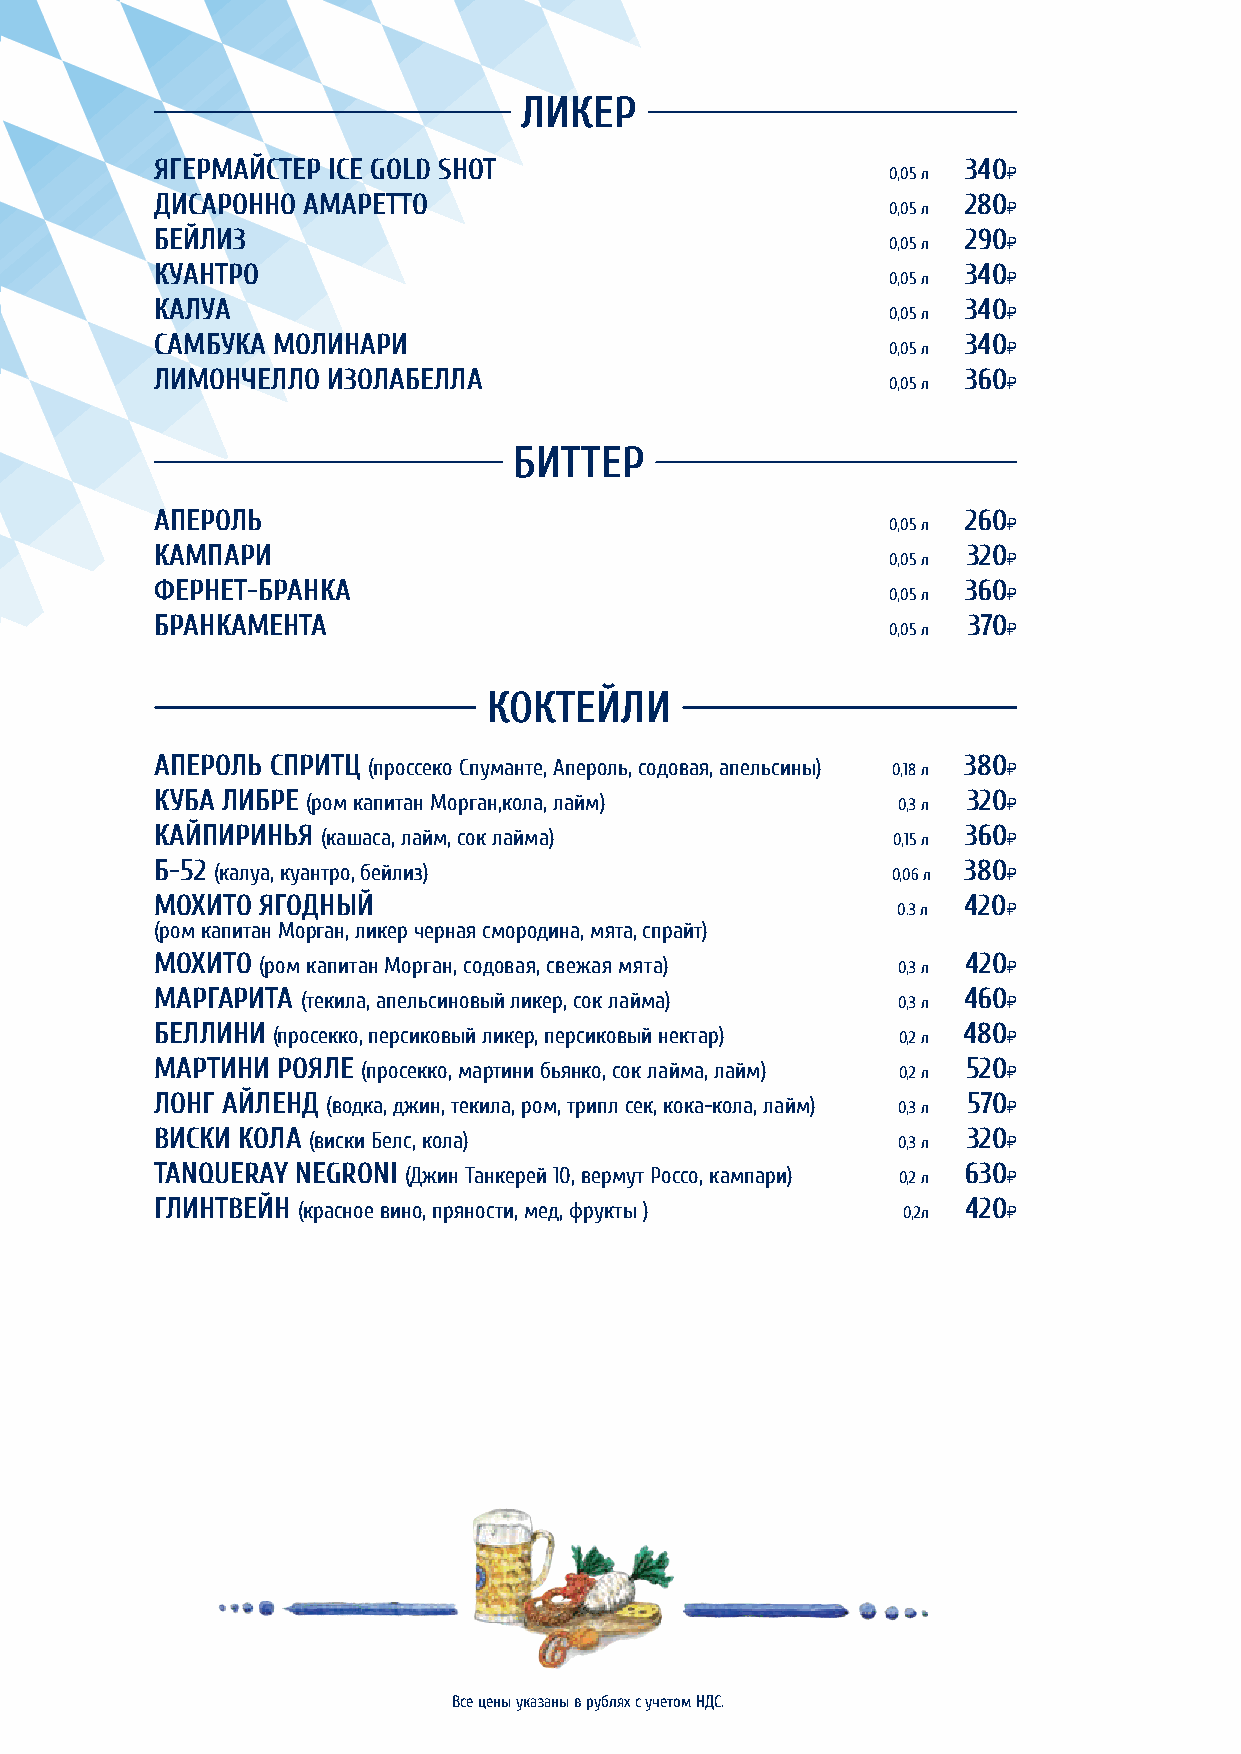
ЛИКЕР
 ЯГЕРМАЙСТЕР ICE GOLD SHOT
 0,05 л
 340И
 ДИСАРОННО АМАРЕТТО
 0,05 л
 280И
 БЕЙЛИЗ
 0,05 л
 290И
 КУАНТРО
 0,05 л
 340И
 КАЛУА
 0,05 л
 340И
 САМБУКА МОЛИНАРИ
 0,05 л
 340И
 ЛИМОНЧЕЛЛО  ИЗОЛАБЕЛЛА
 0,05 л
 360И
 БИТТЕР
 АПЕРОЛЬ
 0,05 л
 260И
 КАМПАРИ
 0,05 л
 320И
 ФЕРНЕТ-БРАНКА
 0,05 л
 360И
 БРАНКАМЕНТА
 0,05 л
 370И
 КОКТЕЙЛИ
 АПЕРОЛЬ СПРИТЦ (проссеко Спуманте, Апероль, содовая, апельсины) 0,18 л 380И
 КУБА ЛИБРЕ (ром капитан Морган,кола, лайм)       0,3 л 320И
 КАЙПИРИНЬЯ (кашаса, лайм, сок лайма)             0,15 л 360И
 Б-52 (калуа, куантро, бейлиз)                    0,06 л 380И
 МОХИТО ЯГОДНЫЙ
 0.3 л
 420И
 (ром капитан Морган, ликер черная смородина, мята, спрайт)
 МОХИТО (ром капитан Морган, содовая, свежая мята) 0,3 л 420И
 МАРГАРИТА (текила, апельсиновый ликер, сок лайма) 0,3 л 460И
 БЕЛЛИНИ (просекко, персиковый ликер, персиковый нектар) 0,2 л 480И
 МАРТИНИ РОЯЛЕ (просекко, мартини бьянко, сок лайма, лайм) 0,2 л 520И
 ЛОНГ АЙЛЕНД (водка, джин, текила, ром, трипл сек, кока-кола, лайм) 0,3 л 570И
 ВИСКИ КОЛА (виски Белс, кола)                    0,3 л 320И
 TANQUERAY NEGRONI (Джин Танкерей 10, вермут Россо, кампари) 0,2 л 630И
 ГЛИНТВЕЙН (красное вино, пряности, мед, фрукты )  0,2л 420И
 Все цены указаны в рублях с учетом НДС.